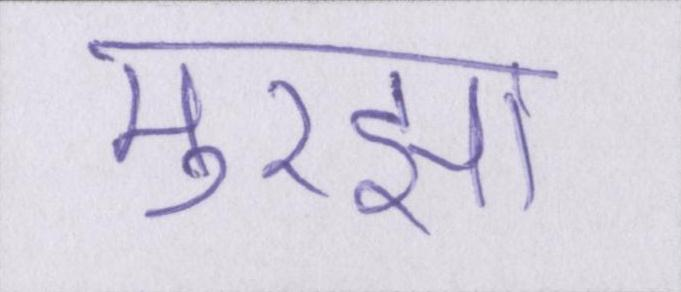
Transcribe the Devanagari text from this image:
मुरझा